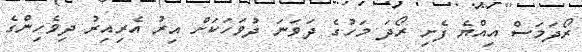
ރޯދަމަސް އިއްޔެ ފެށި ރޯދަ މަހުގެ ދަވަނަ ދުވަހަކަށް އިރު އެރިއިރު ދިވެހިންގެ